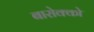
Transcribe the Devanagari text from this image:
बारोक्को